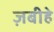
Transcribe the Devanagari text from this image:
ज़बीहे